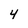
Character: 4